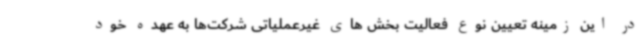
در این زمینه تعیین نوع فعالیت بخش های غیرعملیاتی شرکت‌ها به عهده خود